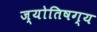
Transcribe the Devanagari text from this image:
ज्योतिषग्य